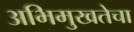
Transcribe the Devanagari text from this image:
अभिमुखतेचा